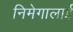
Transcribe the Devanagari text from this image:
निमेगालाई